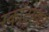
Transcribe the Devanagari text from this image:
स्कॉट्स्डेल